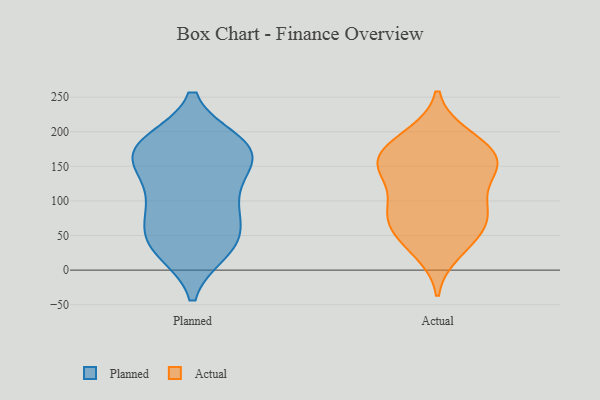
{"axis": {"x": "Latency (ms)", "y": "Value"}, "legend": ["Actual", "Planned"], "data": [{"x": "", "y": 168, "type": "Planned"}, {"x": "", "y": 162, "type": "Planned"}, {"x": "", "y": 94, "type": "Planned"}, {"x": "", "y": 33, "type": "Planned"}, {"x": "", "y": 185, "type": "Planned"}, {"x": "", "y": 124, "type": "Planned"}, {"x": "", "y": 32, "type": "Planned"}, {"x": "", "y": 184, "type": "Planned"}, {"x": "", "y": 58, "type": "Planned"}, {"x": "", "y": 138, "type": "Planned"}, {"x": "", "y": 165, "type": "Planned"}, {"x": "", "y": 182, "type": "Planned"}, {"x": "", "y": 92, "type": "Planned"}, {"x": "", "y": 171, "type": "Planned"}, {"x": "", "y": 44, "type": "Planned"}, {"x": "", "y": 80, "type": "Planned"}, {"x": "", "y": 28, "type": "Planned"}, {"x": "", "y": 86, "type": "Actual"}, {"x": "", "y": 26, "type": "Actual"}, {"x": "", "y": 172, "type": "Actual"}, {"x": "", "y": 195, "type": "Actual"}, {"x": "", "y": 149, "type": "Actual"}, {"x": "", "y": 101, "type": "Actual"}, {"x": "", "y": 163, "type": "Actual"}, {"x": "", "y": 71, "type": "Actual"}, {"x": "", "y": 82, "type": "Actual"}, {"x": "", "y": 50, "type": "Actual"}, {"x": "", "y": 64, "type": "Actual"}, {"x": "", "y": 194, "type": "Actual"}, {"x": "", "y": 136, "type": "Actual"}, {"x": "", "y": 38, "type": "Actual"}, {"x": "", "y": 91, "type": "Actual"}, {"x": "", "y": 172, "type": "Actual"}, {"x": "", "y": 147, "type": "Actual"}, {"x": "", "y": 152, "type": "Actual"}, {"x": "", "y": 148, "type": "Actual"}]}